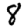
Digit: 8